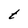
Character: t